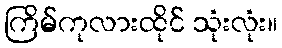
ကြိမ်ကုလားထိုင် သုံးလုံး။